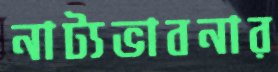
নাট্যভাবনার